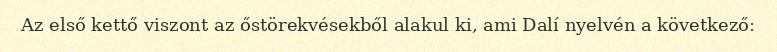
Az első kettő viszont az őstörekvésekből alakul ki, ami Dalí nyelvén a következő: